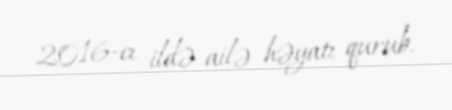
2016-cı ildə ailə həyatı qurub.